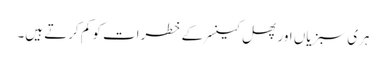
ہری سبزیاں اور پھل کینسر کے خطرات کو کم کرتے ہیں۔